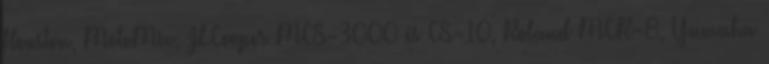
Houston, MotoMix, JLCooper MCS-3000 és CS-10, Roland MCR-8, Yamaha